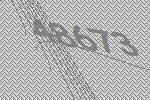
48673